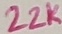
Text: 22K